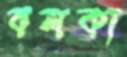
বলকা